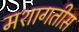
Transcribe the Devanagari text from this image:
मशागतीस